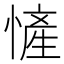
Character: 㦃